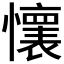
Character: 𫻘